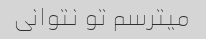
میترسم تو نتوانی